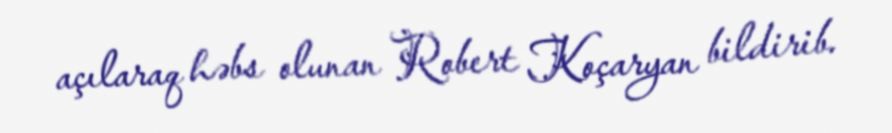
açılaraq həbs olunan Robert Koçaryan bildirib.